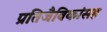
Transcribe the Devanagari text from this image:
प्रतिजैविकांसह